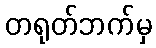
တရုတ်ဘက်မှ